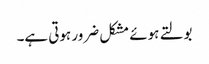
بولتے ہوئے مشکل ضرور ہوتی ہے۔